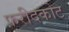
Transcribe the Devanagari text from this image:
फ़रीदकोट